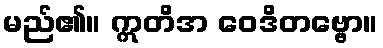
မည်၏။ ဣတိအ ဝေဒိတဗ္ဗော။